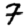
Digit: 7